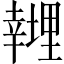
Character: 𱝁